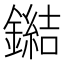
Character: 鐑